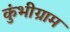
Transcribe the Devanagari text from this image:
कुंभीग्राम